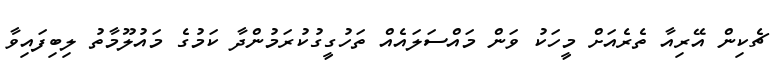
ޗެކިން އޭރިއާ ތެރެއަށް މީހަކު ވަން މައްސަލައެއް ތަހުގީގުކުރަމުންދާ ކަމުގެ މައުލޫމާތު ލިބިފައިވާ